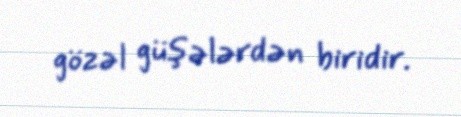
gözəl güşələrdən biridir.